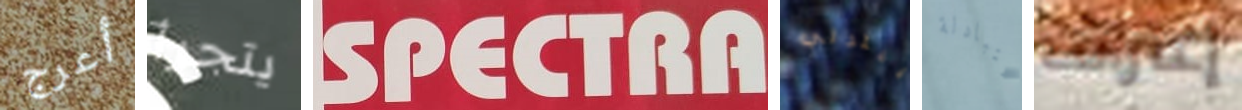
أعرج يتجرأ SPECTRA بيترلي المتبادلة إعتراف